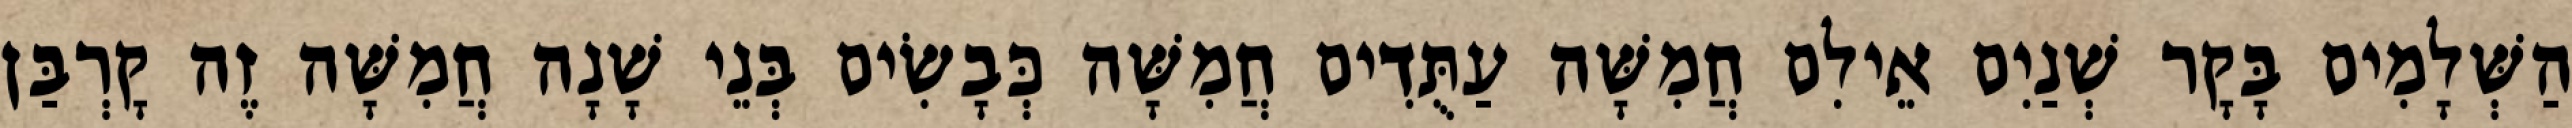
הַשְּׁלָמִים בָּקָר שְׁנַיִם אֵילִם חֲמִשָּׁה עַתֻּדִים חֲמִשָּׁה כְּבָשִׂים בְּנֵי שָׁנָה חֲמִשָּׁה זֶה קָרְבַּן